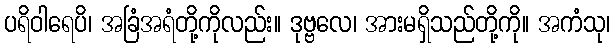
ပရိဝါရေပိ၊ အခြံအရံတို့ကိုလည်း။ ဒုဗ္ဗလေ၊ အားမရှိသည်တို့ကို။ အကံသု၊